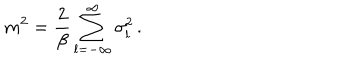
m ^ { 2 } = \frac { 2 } { \beta } \sum _ { l = - \infty } ^ { \infty } \sigma _ { l } ^ { 2 } \, .